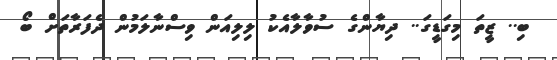
ބި.. ޒީތަ މިގަޑީގަ.. ދިޔާންގެ ސުވާލާއެކު ލިލިއަން ވިސްނާލަމުން ދެފަރާތަށް ބޯ